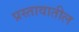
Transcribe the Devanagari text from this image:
प्रस्तावातील